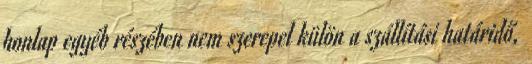
honlap egyéb részében nem szerepel külön a szállítási határidő,